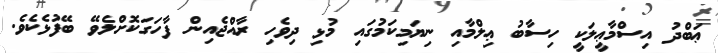
ޢަބްދު އިސްމާޢީލަކީ ހިސާބު ޢިލްމާއި ނިޔަމިކަމުގައި މުޅި ދިވެހި ރާއްޖެއިން ފާހަގަކޮށްލެވޭ ބޭފުޅެކެވެ.